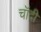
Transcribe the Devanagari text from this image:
चॉदी